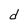
Character: d